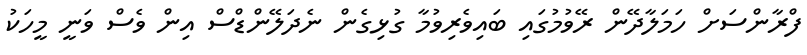
ފްރާންސަށް ހަމަލާދޭން ރޭވުމުގައި ބައިވެރިވުމާ ގުޅިގެން ނެދަލޭންޑްސް އިން ވެސް ވަނީ މީހަކު